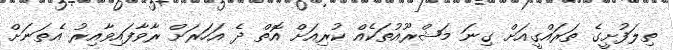
ތިލަފުށީގެ ތަރައްގީއަށް ގިނަ މަޝްރޫއުތަކެއް ކުރިއަށް އޮތް ދެ އަހަރަށް ރާވާފައިވާއިރު އެތަނަށް